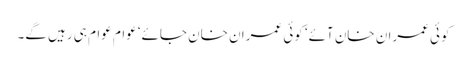
کوئی عمران خان آئے‘ کوئی عمران خان جائے‘ عوام عوام ہی رہیں گے۔